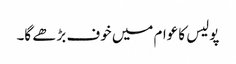
پولیس کا عوام میں خوف بڑھے گا۔